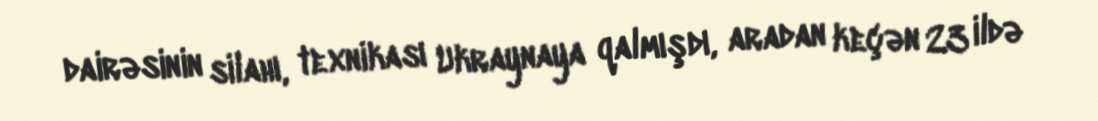
dairəsinin silahı, texnikası Ukraynaya qalmışdı, aradan keçən 23 ildə